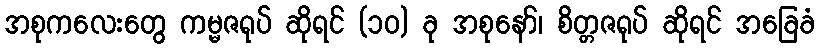
အစုကလေးတွေ ကမ္မဇရုပ် ဆိုရင် (၁၀) ခု အစုနော်၊ စိတ္တဇရုပ် ဆိုရင် အခြေခံ